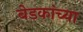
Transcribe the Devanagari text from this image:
बेडकांच्या